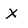
Character: x